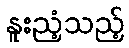
နူးညံ့သည့်